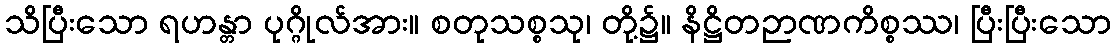
သိပြီးသော ရဟန္တာ ပုဂ္ဂိုလ်အား။ စတုသစ္စသု၊ တို့၌။ နိဋ္ဌိတဉာဏကိစ္စဿ၊ ပြီးပြီးသော